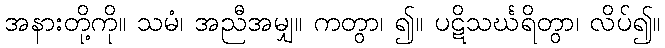
အနားတို့ကို။ သမံ၊ အညီအမျှ။ ကတွာ၊ ၍။ ပဋိသင်္ဃရိတွာ၊ လိပ်၍။